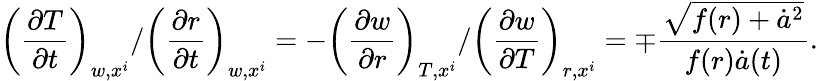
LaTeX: \left(\frac{\partial T}{\partial t}\right)_{w,x^{i}}/\left(\frac{\partial r}{\partial t}\right)_{w,x^{i}}=-\left(\frac{\partial w}{\partial r}\right)_{T,x^{i}}/\left(\frac{\partial w}{\partial T}\right)_{r,x^{i}}=\mp\frac{\sqrt{f(r)+\dot{a}^{2}}}{f(r)\dot{a}(t)}.